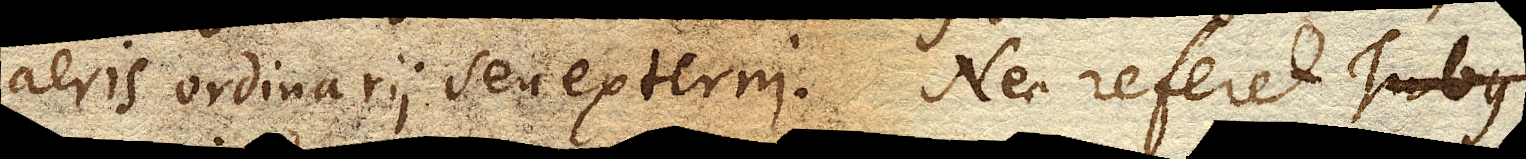
aeris ordinarii seu externi. Nec referet